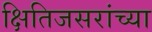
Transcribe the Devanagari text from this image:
क्षितिजसरांच्या